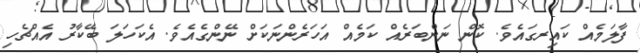
ފާލަމެއް ކައިރގައެވެ. ކޮން ނަންބަރެއް ކަމެއް އަހަރެންނަކަށް ނޭންގެއެވެ. އެކަހަލަ ބޭކާރު އެއްޗެހި